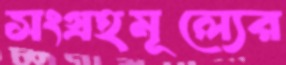
সংগ্রহমূল্যের